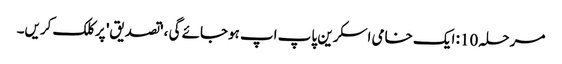
مرحلہ 10: ایک خامی اسکرین پاپ اپ ہوجائے گی ، 'تصدیق' پر کلک کریں۔